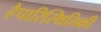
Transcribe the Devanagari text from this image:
हैपारिस्थितिकी